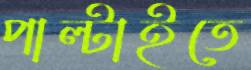
পাল্‌টাইতে